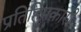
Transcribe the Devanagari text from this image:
प्रतिहिमकारी